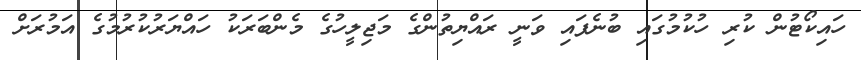
ހައިކޯޓުން ކުރި ހުކުމުގައި ބުނެފައި ވަނީ ރައްޔިތުންގެ މަޖިލީހުގެ މެންބަރަކު ހައްޔަރުކުރުމުގެ އަމުރަށް